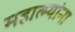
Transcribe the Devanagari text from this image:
महात्म्यांना